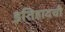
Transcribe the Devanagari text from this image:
इतिहादची